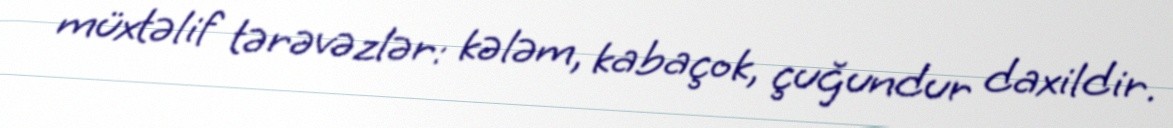
müxtəlif tərəvəzlər: kələm, kabaçok, çuğundur daxildir.